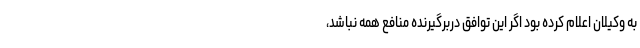
به وکیلان اعلام کرده بود اگر این توافق دربرگیرنده منافع همه نباشد،